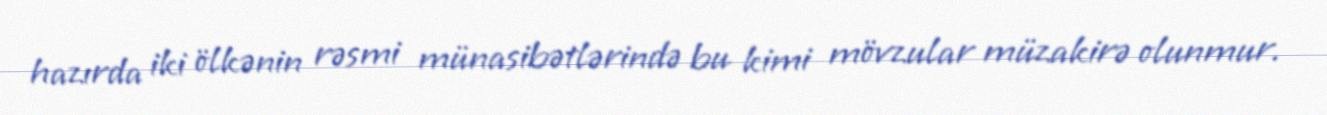
hazırda iki ölkənin rəsmi münasibətlərində bu kimi mövzular müzakirə olunmur.